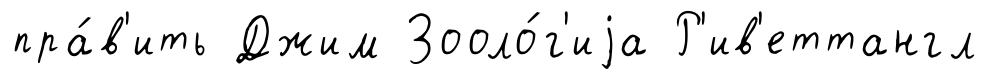
пра́в'ить Джим Зооло́г'иjа Р'ив'еттангл